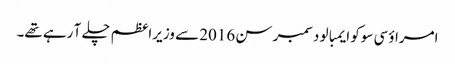
امراؤ سی سوکو ایمبالو دسمبر سن 2016 سے وزیراعظم چلے آ رہے تھے۔